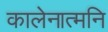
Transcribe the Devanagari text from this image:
कालेनात्मनि